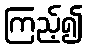
ကြည့်၍